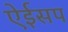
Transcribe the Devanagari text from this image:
ऐईसप